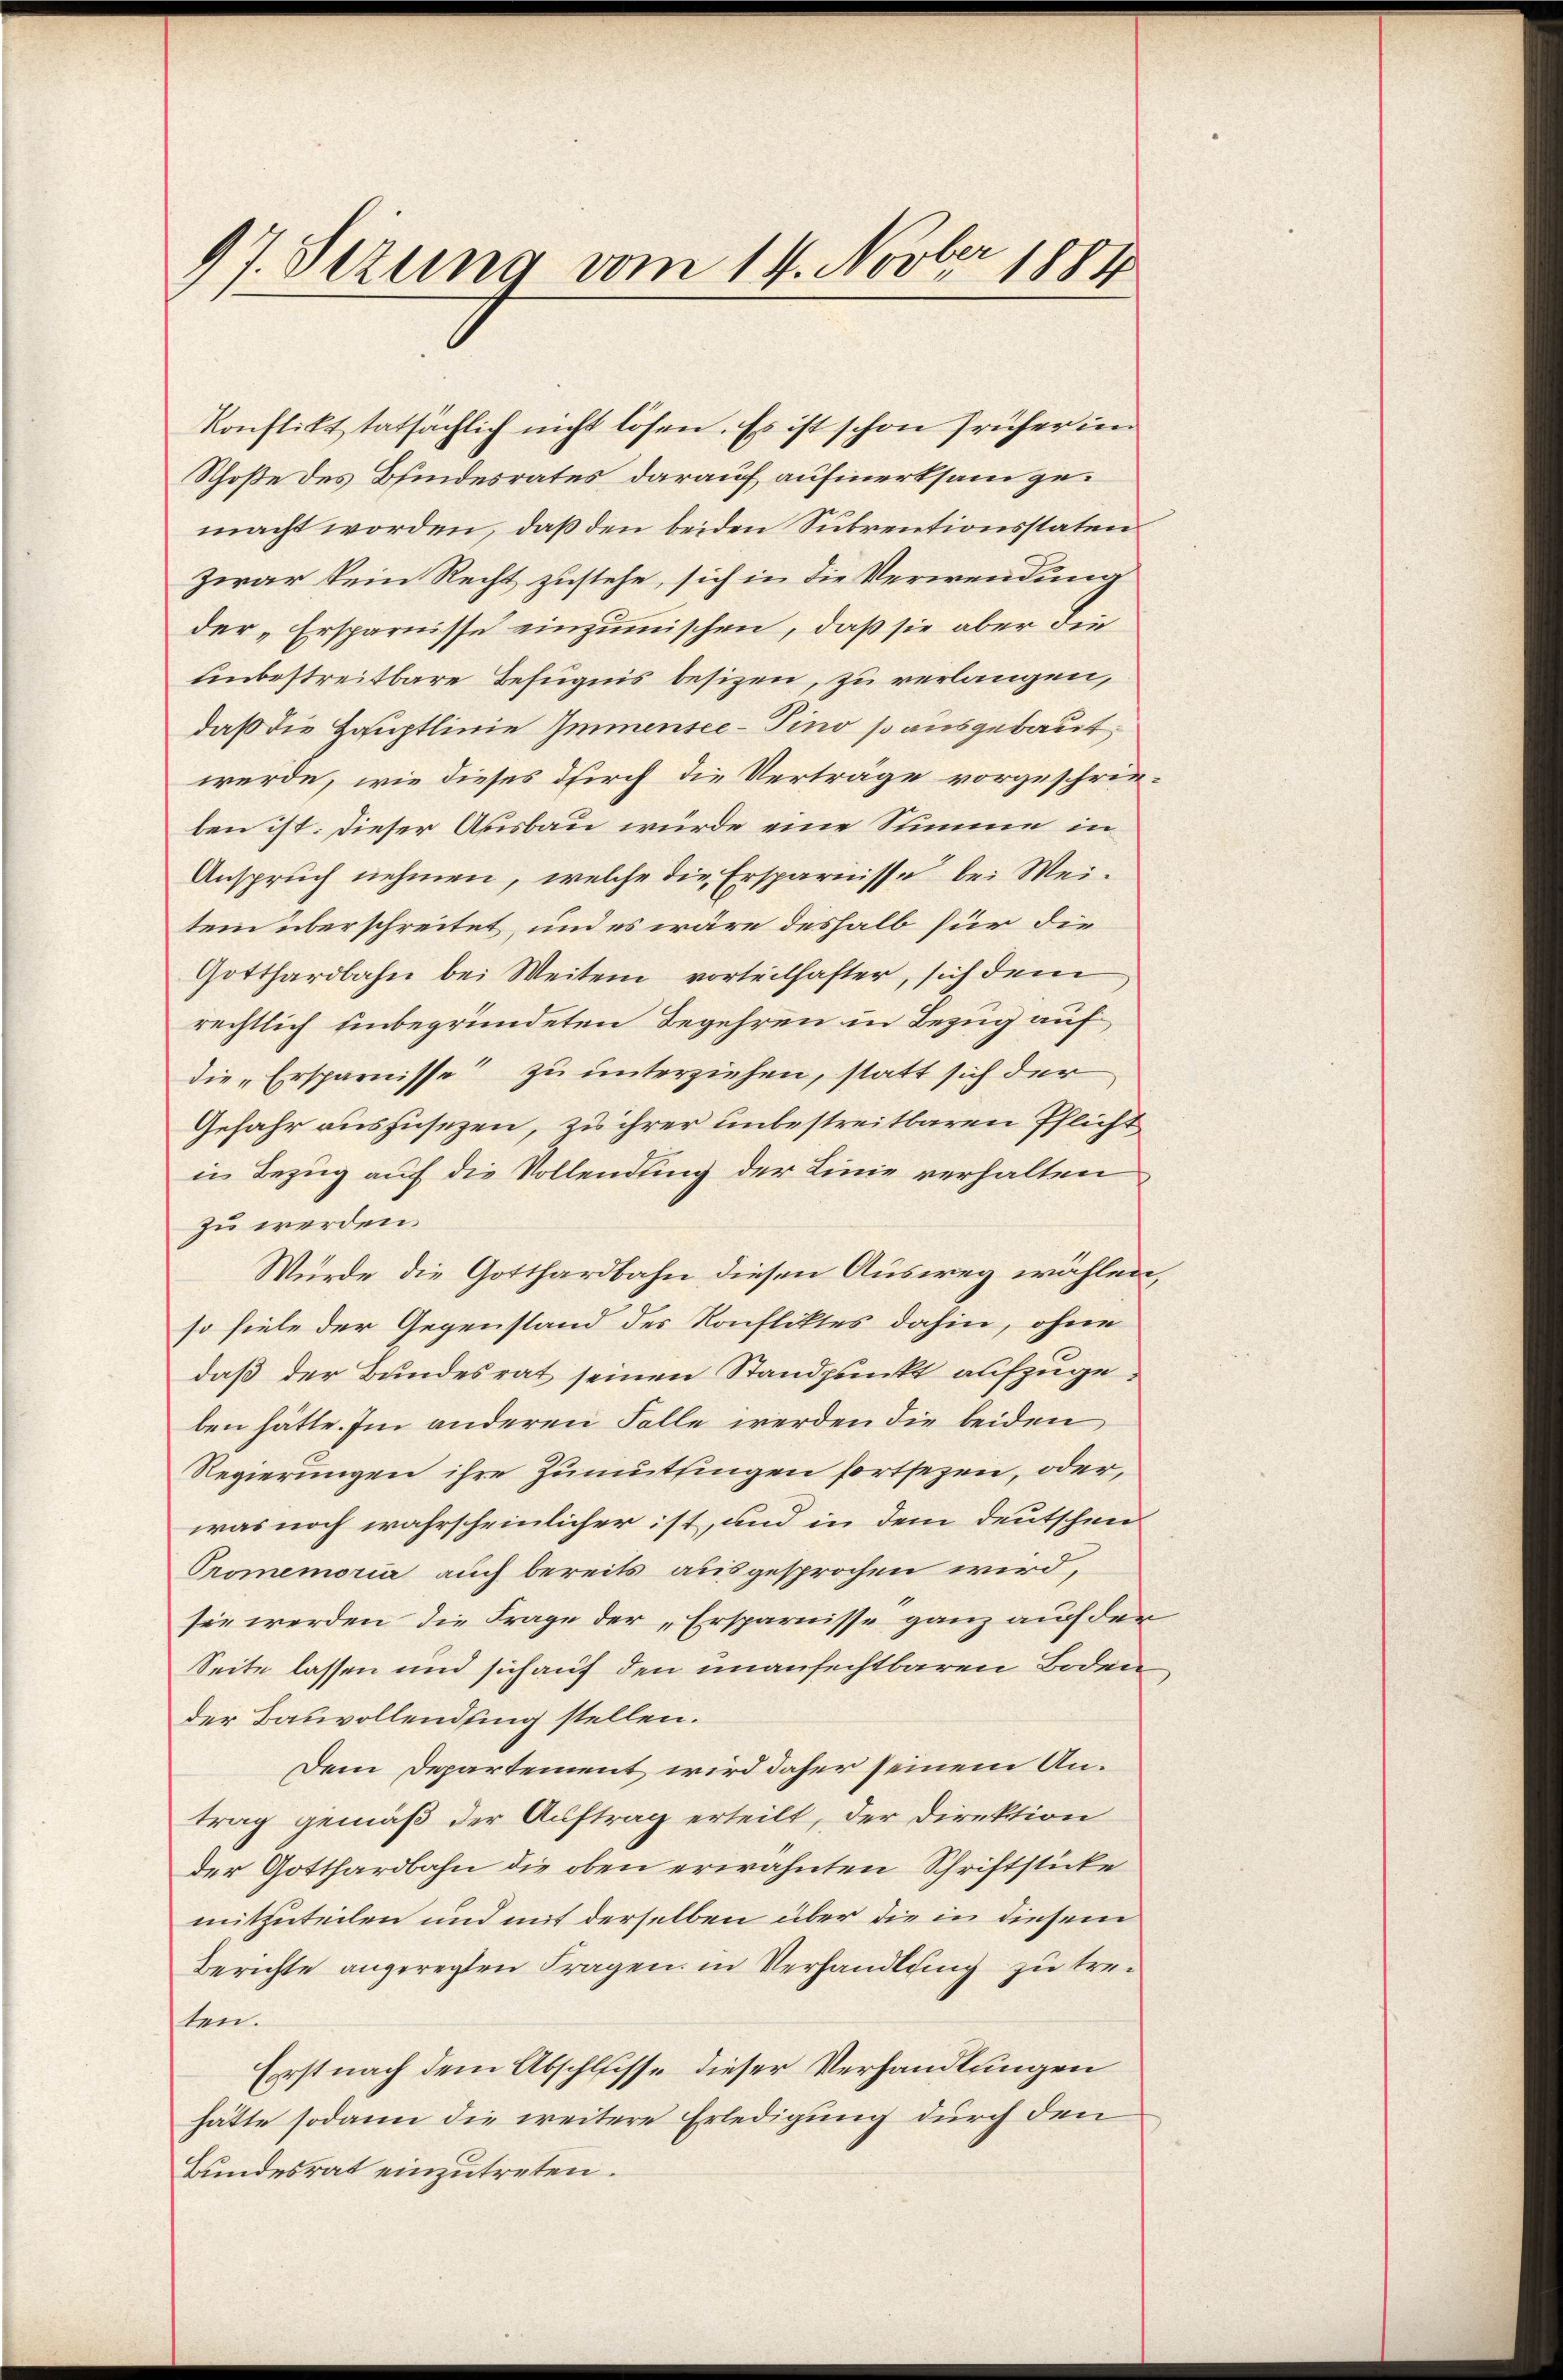
97. Sizung vom 14. Novber 1884

Konflikt tatsächlich nicht lösen. Es ist schon früher im
Schoße des Bindesrates darauf aufmerksam gemacht worden, daß den beiden Subrentionsstaten
zwar kein Recht zustehe, sich in die Verwendung
der „Ersparnisse einzumischen, daß sie aber die
unbestreitbare Befugnis besizen, zu verlangen,
daß die Hauptlinie Immensee–Pino so ausgebaut,
werde, wie dieses durch die Verträge vorgeschrieben ist. Dieser Ausbau würde eine Stimme in
Anspruch nehmen, welche die Ersparnisse bei Weitem überschreitet, und es wäre deshalb für die
Gotthardbahn bei Weiten vorteilhafter, sich dem
rechtlich unbegründeten Begehren in Bezug auf
die „Ersparnisse zu unterziehen, statt sich der
Gefahr ausfüsezen, zu ihrer unbestreitbaren Pflicht
in Bezug auf die Vollendung der Linie verhalten
zu werden.
Wurde die Gotthardbahn diesen Ausweg wählenso fiele der Gegenstand des Konfliktes dahin, ohne
daß der Bundesrat seinen Standpunkt aufzugeben hätte. Im anderen Falle werden die beiden
Regierungen ihre Zumuthingen fortsezen, oder,
was noch wahrscheinlicher ist, und in dem deutschen
Promemoria auch bereits ausgesprochen wird,
sie werden, die Frage der „Ersparnisse ganz auf den
Seite lassen und sich auf den unanfechtbaren Boden
der Bauvollendung stellen.
Dem Departement wird daher seinem Antrag gemäß der Auftrag erteilt, der Direktion
der Gotthardbahn die oben erwähnten Schriftstücke
mitzuteilen und mit derselben über die in diesem
Berichte angeregten Fragen in Verhandlung zu treiten.
Erst nach dem Abschlusse dieser Verhandlungen
hätte sodann die weitere Erledigung durch den
Bundesrat einzutreten.

2

n